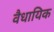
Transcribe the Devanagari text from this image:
वैधायिक